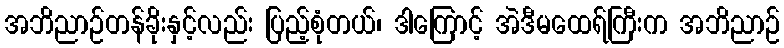
အဘိညာဉ်တန်ခိုးနှင့်လည်း ပြည့်စုံတယ်၊ ဒါကြောင့် အဲဒီမထေရ်ကြီးက အဘိညာဉ်